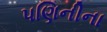
પણિનીના